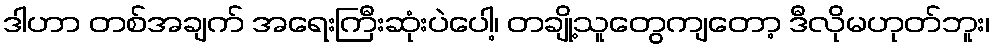
ဒါဟာ တစ်အချက် အရေးကြီးဆုံးပဲပေါ့၊ တချို့သူတွေကျတော့ ဒီလိုမဟုတ်ဘူး၊